Plague in India, 1896, 1897 - Volume 3
Year: 1896
Disease focus: Plague
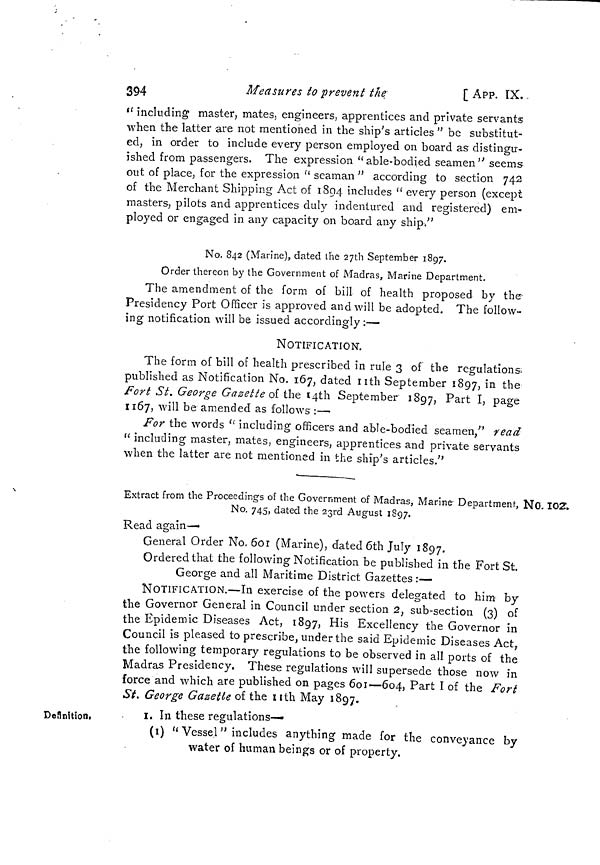
394
Measures to prevent the
[ APP. IX. -
" including master, mates, engineers, apprentices and private servants
when the latter are not mentioned in the ship's articles " be substitut-
ed, in order to include every person employed on board as distingu-
ished from passengers. The expression "able-bodied seamen" seems
out of place, for the expression " seaman " according to section 742
of the Merchant Shipping Act of 1894 includes " every person (except
masters, pilots and apprentices duly indentured and registered) em-
ployed or engaged in any capacity on board any ship."
No. 842 (Marine), dated the 27th September 1897.
Order thereon by the Government of Madras, Marine Department.
The amendment of the form of bill of health proposed by the
Presidency Port Officer is approved and will be adopted. The follow-
ing notification will be issued accordingly :—
NOTIFICATION.
The form of bill of health prescribed in rule 3 of the regulations,
published as Notification No. 167, dated nth September 1897, in tne
Fort St. George Gazette of the 14th September 1897, P ar t I, page
1167, will be amended as follows :—
For the words " including officers and able-bodied seamen," read
"including master, mates, engineers, apprentices and private servants
when the latter are not mentioned in the ship's articles."
No. 102;
Extract from the Proceedings of the Government of Madras, Marine Department,
No. 745, dated the 23rd August 1897.
Read again-
General Order No. 6or (Marine), dated 6th July 1897.
Ordered that the following Notification be published in the Fort St.
George and all Maritime District Gazettes :—
NOTIFICATION.—In exercise of the powers delegated to him by
the Governor General in Council under section 2, sub-section (3) of
the Epidemic Diseases Act, 1897, His Excellency the Governor in
Council is pleased to prescribe, under the said Epidemic Diseases Act,
the following temporary regulations to be observed in all ports of the
Madras Presidency. These regulations will supersede those now in
force and which are published on pages 601—604, Part I of the Fort
St. George Gazette of the 11th May 1807.
Definition,
I. In these regulations—
(1) " Vessel" includes anything made for the conveyance by
water of human beings or of property,